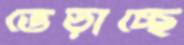
ভেড়াচ্ছে